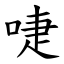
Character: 啑